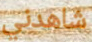
شاهدني